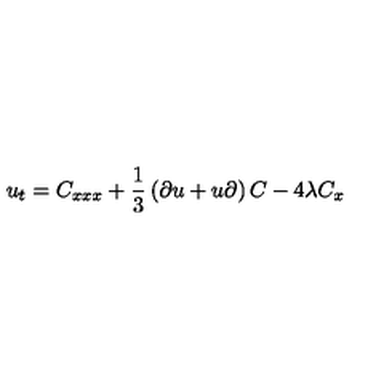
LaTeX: u _ { t } = C _ { x x x } + { \frac { 1 } { 3 } } \left( \partial u + u \partial \right) C - 4 \lambda C _ { x }